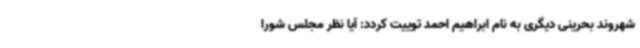
شهروند بحرینی دیگری به نام ابراهیم احمد توییت کردد: آیا نظر مجلس شورا